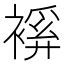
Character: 𧜋